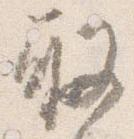
取